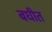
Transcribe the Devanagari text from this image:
बघीत